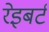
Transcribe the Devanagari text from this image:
रेइबर्ट